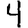
Digit: 4